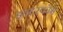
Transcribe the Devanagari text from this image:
इन्टरकॉम